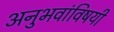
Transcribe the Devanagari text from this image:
अनुभवांविषयी